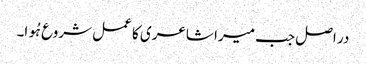
در اصل جب میرا شاعری کا عمل شروع ہُوا۔